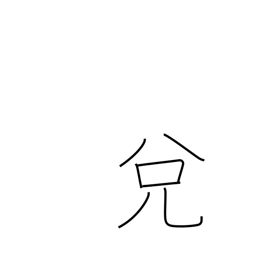
Meaning: exchange